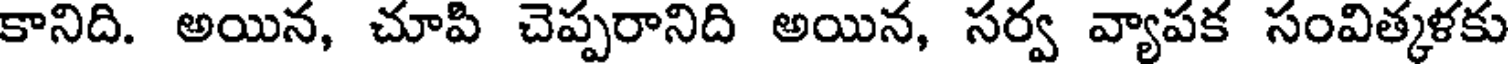
కానిది. అయిన, చూపి చెప్పరానిది అయిన, సర్వ వ్యాపక సంవిత్కళకు